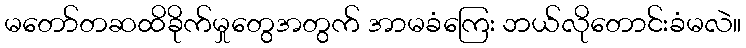
မတော်တဆထိခိုက်မှုတွေအတွက် အာမခံကြေး ဘယ်လိုတောင်းခံမလဲ။